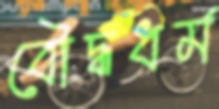
বৌদ্ধধর্ম